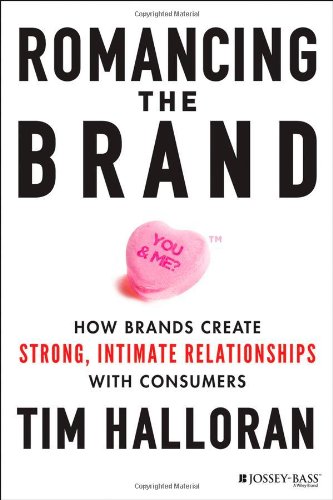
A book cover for Romancing the Brand: How Brands Create Strong, Intimate Relationships with Consumers; Tim Halloran; Business & Money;